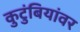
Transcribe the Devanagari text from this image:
कुटुंबियांवर